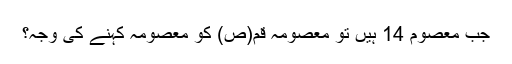
جب معصوم 14 ہیں تو معصومہ قم(ص) کو معصومہ کہنے کی وجہ؟